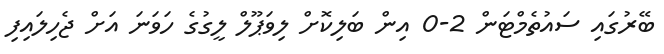
ބޭރުގައި ސައުތެމްޓަން 2-0 އިން ބަލިކޮށް ލިވަޕޫލް ލީގުގެ ހަަވަނަ އަށް ޖެހިލައިފި